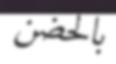
بالحضن